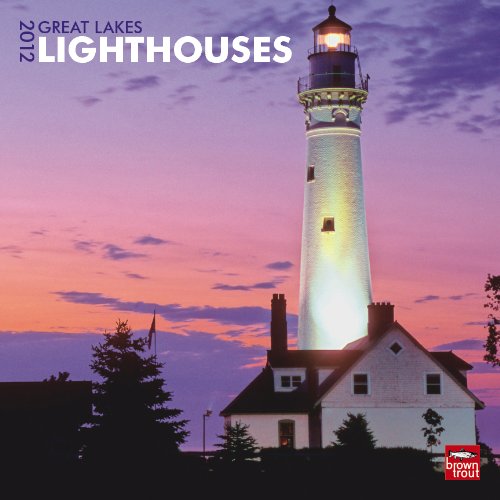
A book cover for Great Lakes Lighthouses 2012 Square 12X12 Wall; BrownTrout Publishers Inc; Calendars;